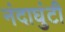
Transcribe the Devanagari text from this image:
नंदाघुंटी